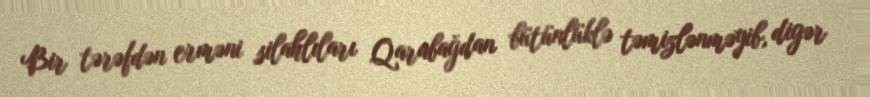
Bir tərəfdən erməni silahlıları Qarabağdan bütünlüklə təmizlənməyib, digər